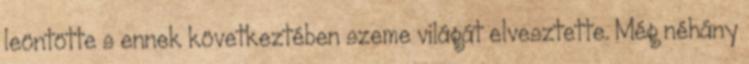
leöntötte s ennek következtében szeme világát elvesztette. Még néhány